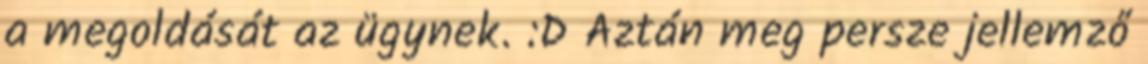
a megoldását az ügynek. :D Aztán meg persze jellemző